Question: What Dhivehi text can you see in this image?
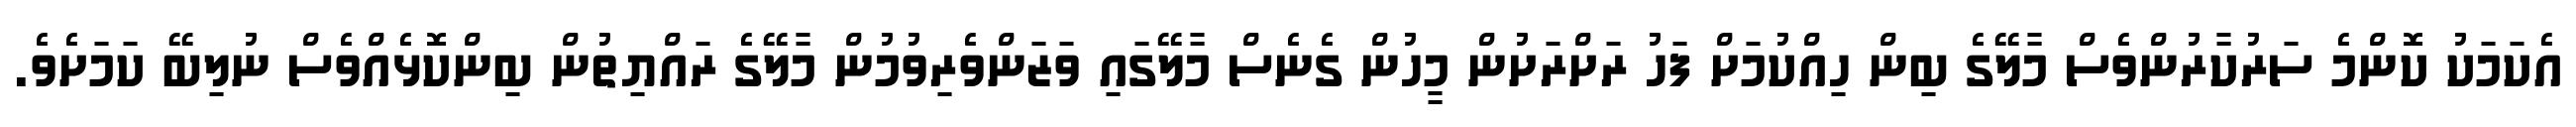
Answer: އެކަމަކު ކޮންމެ ސަރުކާރުންވެސް މާލޭގެ ބިން ހިއްކުމަށް ފަހު ރަށްރަށުން މީހުން ގެނެސް މާލޭގައި ވަޒަންވެރިވުމުން މާލޭގެ ރައްޔިތުން ބިންކޮޅެއްވެސް ނުލިބޭ ކަމަށެވެ.